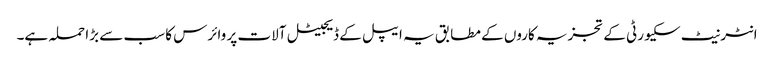
انٹرنیٹ سکیورٹی کے تجزیہ کاروں کے مطابق یہ ایپل کے ڈیجیٹل آلات پر وائرس کا سب سے بڑا حملہ ہے۔